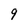
Character: 9